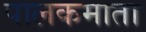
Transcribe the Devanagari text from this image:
पालकमाता